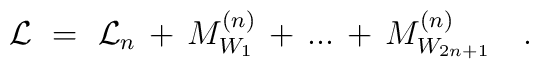
{\cal L}\ = \ {\cal L}_n \, + \, M_{W_1} ^{(n)}  \, + \, ... \, + \,M_{W_{2n+1}} ^{(n)}\ \ \ .